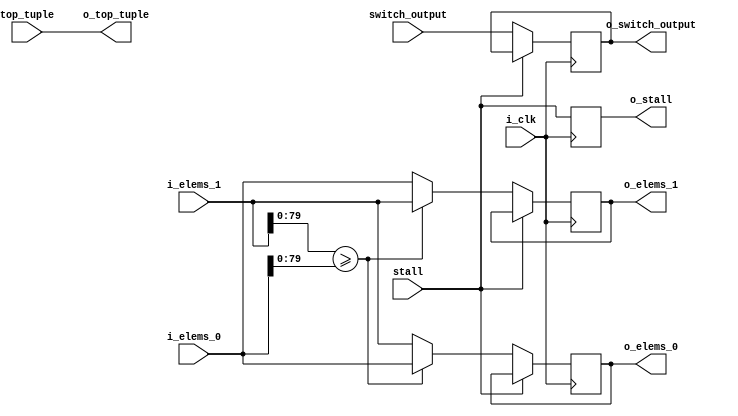
`timescale 1 ns/10 ps

/* For 1-merger */
module BITONIC_NETWORK_2 #(parameter DATA_WIDTH = 128, 
			   parameter KEY_WIDTH = 80) (input i_clk,
						       input 			   switch_output,
						       input 			   stall,
						       input [DATA_WIDTH-1:0] 	   top_tuple,
						       input [DATA_WIDTH-1:0] 	   i_elems_0,
						       input [DATA_WIDTH-1:0] 	   i_elems_1, 
						       output reg [DATA_WIDTH-1:0] o_elems_0,
						       output reg [DATA_WIDTH-1:0] o_elems_1,
						       output reg 		   o_switch_output,
						       output reg 		   o_stall,
						       output [DATA_WIDTH-1:0] 	   o_top_tuple);

   initial begin
      o_stall <= 0;
      o_elems_0 <= 0;
      o_elems_1 <= 0;
   end

   assign o_top_tuple = top_tuple;
   
   
   always @(posedge i_clk) begin
      o_stall <= stall;
      if (~stall) begin
	 o_switch_output <= switch_output;
	 if (i_elems_1[KEY_WIDTH-1:0] >= i_elems_0[KEY_WIDTH-1:0]) begin
	    o_elems_0 <= i_elems_0;
	    o_elems_1 <= i_elems_1;
	 end
	 else begin
	    o_elems_0 <= i_elems_1;
	    o_elems_1 <= i_elems_0;	 
	 end
      end // if (~stall)
   end
endmodule // BITONIC_NETWORK_2